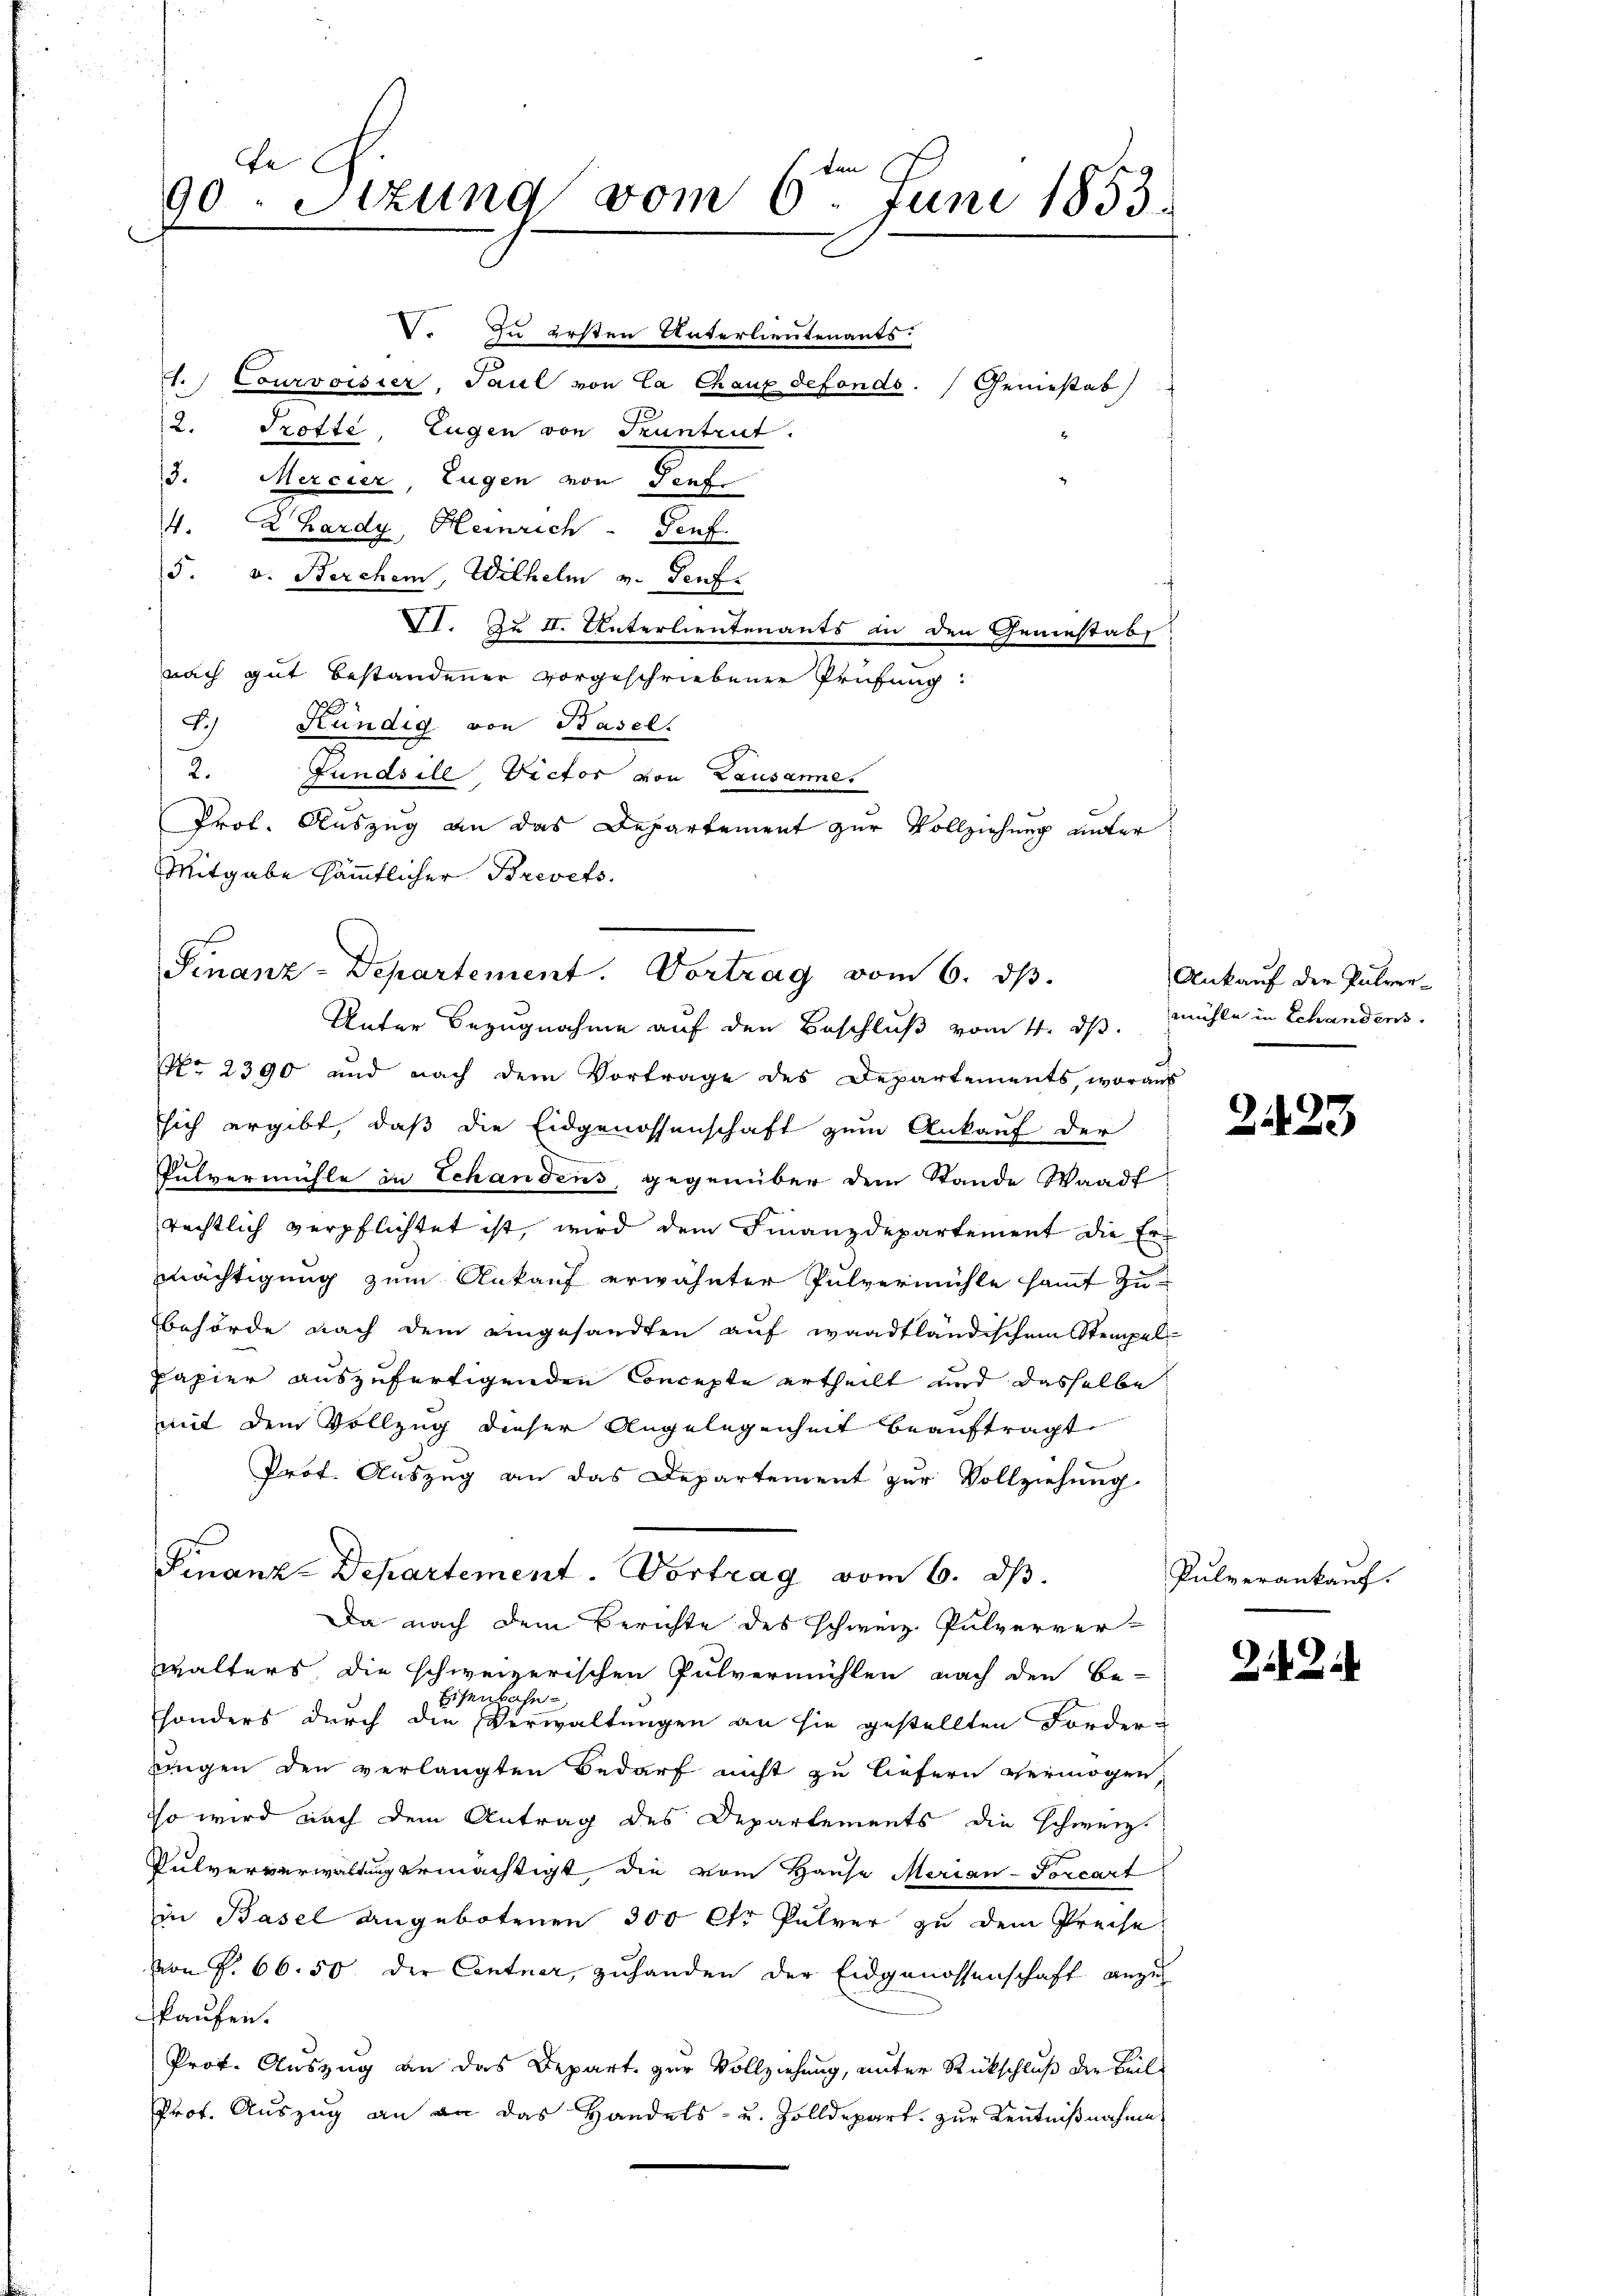
e
90. Sitzung vom 6ten Juni 1853.

zu ersten Unterlieutenants.
A.) Courvoisier, Paul von La Chaux defonds. (Geniesab
2. Trotte, Eugen von Truntrut.
3. Mercier, Eugen von Genf
4. 2 Kardy, Heinrich. Genf.
5. v. Berchen, Wilhelm v. Genf.
II. Zu II. Unterlieutenants an den Gemestab
nach gut bestandener vorgeschriebener Prüfung:
2
J.) Kündig von Basel
2. Fundsile Victor von Lausannes
Prot. Auszug an das Departement zur Vollziehung unter
Mitgabe sämmtlicher Brevets.
No. 2390 und nach dem Vortrage des Departements, woraus
sich ergibt, daß die Eidgenossenschaft zum Ankauf der
Pulvermühle in Schandens, gegenüber dem Stande Waadt
rechtlich verpflichtet ist, wird dem Finanzdepartement die Ermächtigung zum Ankauf erwähnter Pulvermühle sammt zu-
behörde nach dem eingesandten auf waadtländischem Stempel-
Papier auszufertigenden Concepte ertheilt und dasselbe
mit dem Vollzug dieser Angelegenheit beauftragt
Prof. Auszug an das Departement zur Vollziehung
Finanz-Departement. Vortrag vom 6. d.
Da nach dem Berichte des schweiz. Pulverver-
walters die schweizerischen Pulvermühlen nach den Be-
Eisenbahn-
sonders durch die Verwaltungen an sie gestellten Forder-
ngen den verlangten Bedarf nicht zu liefern vermögen
sso wird nach dem Antrag des Departements die Schweiz.
Pulververwaltung ermächtigt, die vom Hause Merian-Torcart
in Basel Angebotenen 300 Ctr Pulver zu dem Preise
von P. 66. 50 der Centner, zuhanden der Eidgenossenschaft anzu
kaufen.
Prof. Auszug an das Depart zur Vollziehung, unter Rückschluß die Beil-
Prof. Auszug an an das Handels- u. Zolldepart zur Kenntnißnahme

Finanz-Departement. Vortrag vom 6. dβ.
Unter Bezugnahme auf den Beschluß vom 4. ds. Mühle in Schandens

Ankauf der Pulver¬

2123

Pulverankauf.